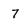
Character: 7